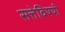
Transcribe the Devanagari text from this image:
सत्तेविषयी